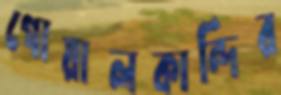
গোয়ালকান্দির